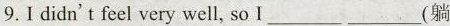
9.I didn't feel very well, so___ ___(躺